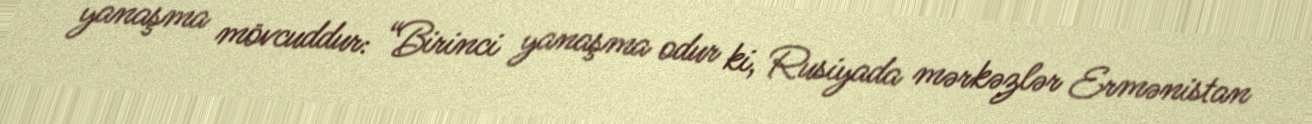
yanaşma mövcuddur: “Birinci yanaşma odur ki, Rusiyada mərkəzlər Ermənistan